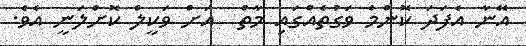
އޭނާ އެފަދަ ކޮންމެ ވަގުތެއްގައި މާތް  އަށް ވަކީލް ކޮށްލަނީ އެވެ.